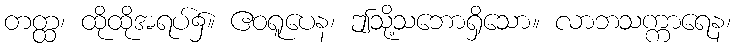
တတ္ထ၊ ထိုထိုအရပ်၌။ ဧဝရူပေန၊ ဤသို့သဘောရှိသော။ လာဘသက္ကာရေန၊